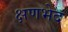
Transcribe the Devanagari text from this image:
क्षणभेद